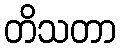
တိသတာ